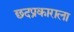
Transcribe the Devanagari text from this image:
छदप्रकाराला